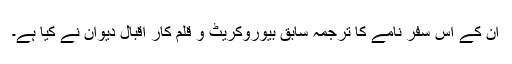
ان کے اس سفر نامے کا ترجمہ سابق بیوروکریٹ و قلم کار اقبال دیوان نے کیا ہے۔